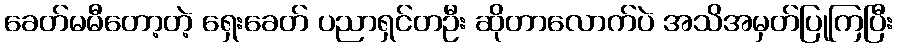
ခေတ်မမီတော့တဲ့ ရှေးခေတ် ပညာရှင်တဦး ဆိုတာလောက်ပဲ အသိအမှတ်ပြုကြပြီး